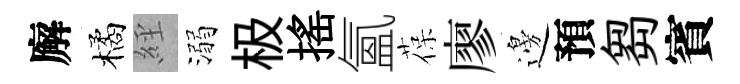
廨橘𦀇溺极揺氳葆廖邊預芻賓